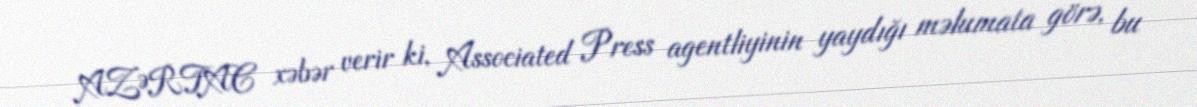
AZƏRTAC xəbər verir ki, Associated Press agentliyinin yaydığı məlumata görə, bu